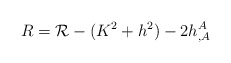
\begin{align*}R ={\cal R} - (K^{2} + h^{2}) -2 h^{A}_{,A}\end{align*}